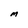
Character: M